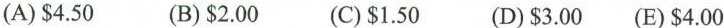
(A)$4.50 (B)$2.00 (C)$1.50 (D)$3.00 (E)$4.00